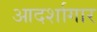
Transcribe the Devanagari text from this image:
आदर्शागार